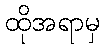
ထိုအရာမှ